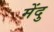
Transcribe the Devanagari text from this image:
मेंदु